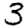
Digit: 3